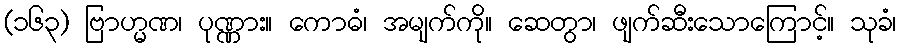
(၁၆၃) ဗြာဟ္မဏ၊ ပုဏ္ဏား။ ကောဓံ၊ အမျက်ကို။ ဆေတွာ၊ ဖျက်ဆီးသောကြောင့်။ သုခံ၊